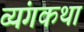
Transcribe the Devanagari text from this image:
व्यंगकथा